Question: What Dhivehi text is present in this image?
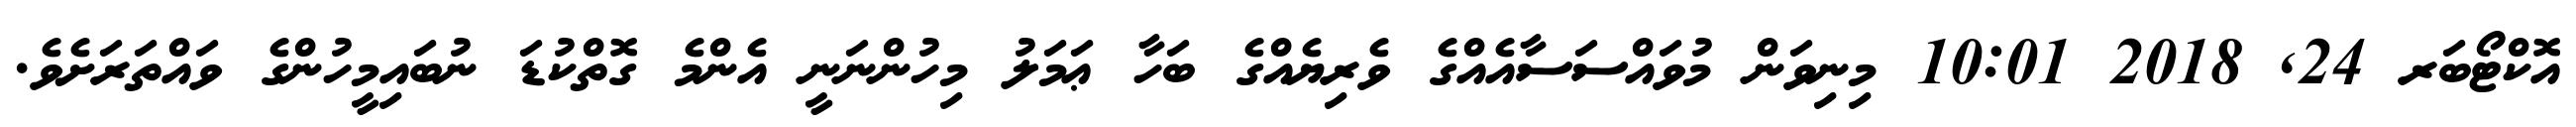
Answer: އޮކްޓޯބަރ 24, 2018 10:01 މިނިވަން މުވައްސަސާއެއްގެ ވެރިޔެއްގެ ބަހާ ޢަމަލު މިހުންނަނީ އެންމެ ގޮތްކުޑަ ނުބައިމީހުންގެ ވައްތަރަށެވެ.